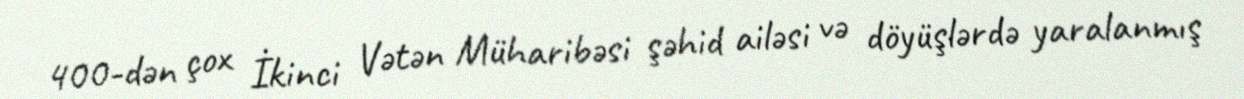
400-dən çox İkinci Vətən Müharibəsi şəhid ailəsi və döyüşlərdə yaralanmış